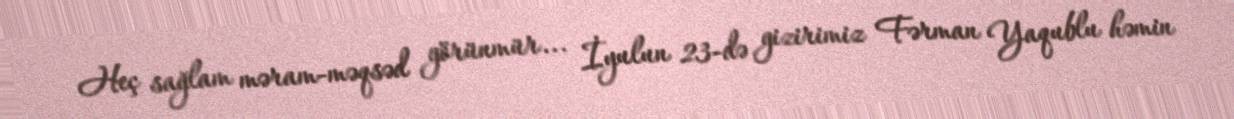
Heç sağlam məram-məqsəd görünmür... İyulun 23-də gizirimiz Fərman Yaqublu həmin